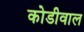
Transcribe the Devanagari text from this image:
कोडीवाल